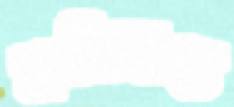
মসিবত